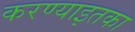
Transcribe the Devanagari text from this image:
करण्याइतका